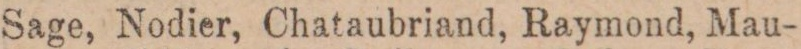
Sage, Nodier, Chataubriand, Raymond, Mau-